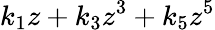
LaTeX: k_{1}z+k_{3}z^{3}+k_{5}z^{5}